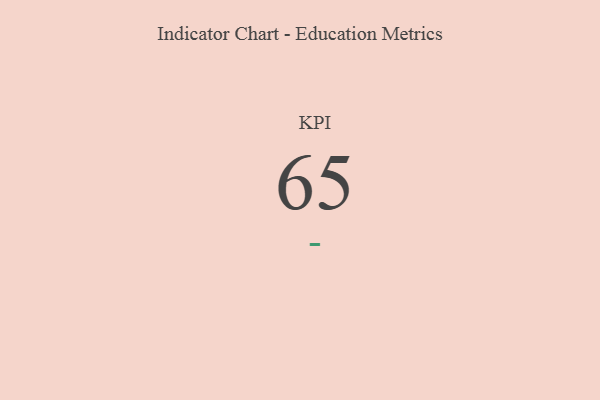
{"axis": {"x": "KPI", "y": "Value"}, "legend": [""], "data": [{"x": "KPI", "y": 65, "type": ""}]}